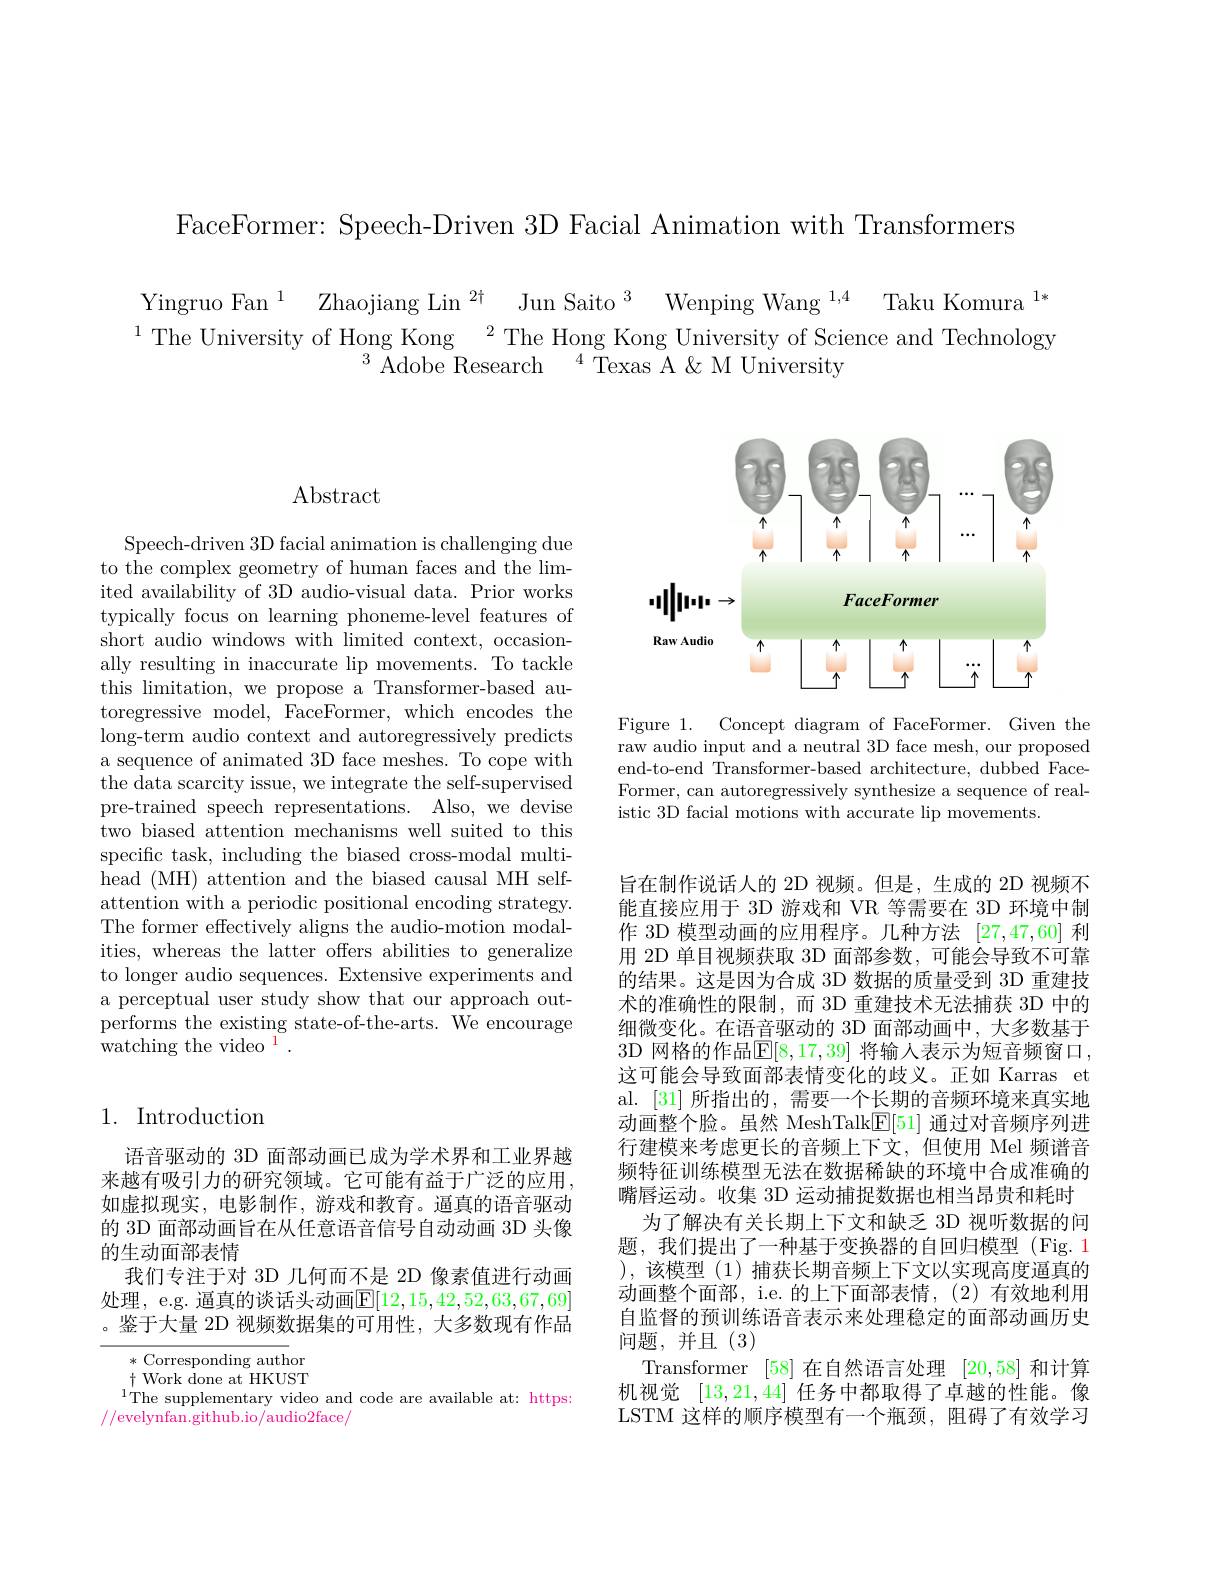
FaceFormer: Speech-Driven 3D Facial Animation with Transformers

$\begin{array}{c}\text{Yingruo Fan}^{1}&\text{Zhaojiang Lin}^{2\dagger}&\text{Jun Saito}^{3}&\text{Wenping Wang}^{1,4}&\text{Taku Komura}^{1*}\\\text{The University of Hong Kong}^{2}\text{The Hong Kong University of Science and Technology}\\\text{Adobe Research}^{4}\text{Texas A }\&\text{ M University}\end{array}$

Abstract

<FigureHere>

Figure 1. Concept diagram of FaceFormer. Given the raw audio input and a neutral 3D face mesh, our proposed end-to-end Transformer-based architecture, dubbed FaceFormer, can autoregressively synthesize a sequence of realistic 3D facial motions with accurate lip movements.

Speech-driven 3D facial animation is challenging due to the complex geometry of human faces and the limited availability of 3D audio-visual data. Prior works typically focus on learning phoneme-level features of short audio windows with limited context, occasionally resulting in inaccurate lip movements. To tackle this limitation, we propose a Transformer-based autoregressive model, FaceFormer, which encodes the long-term audio context and autoregressively predicts a sequence of animated 3D face meshes. To cope with the data scarcity issue, we integrate the self-supervised pre-trained speech representations. Also, we devise two biased attention mechanisms well suited to this specific task, including the biased cross-modal multihead (MH) attention and the biased causal MH selfattention with a periodic positional encoding strategy. The former effectively aligns the audio-motion modalities, whereas the latter offers abilities to generalize to longer audio sequences. Extensive experiments and a perceptual user study show that our approach outperforms the existing state-of-the-arts. We encourage ${\mathrm{watching~the~video}^{1}}.$

## 1. Introduction

旨在制作说话人的 2D 视频。但是，生成的 2D 视频不能直接应用于 3D 游戏和 VR 等需要在 3D 环境中制作 3D 模型动画的应用程序。几种方法[27,47,60]利用 2D 单目视频获取 3D 面部参数，可能会导致不可靠的结果。这是因为合成 3D 数据的质量受到 3D 重建技术的准确性的限制，而 3D 重建技术无法捕获 3D 中的细微变化。在语音驱动的 3D 面部动画中，大多数基于3D 网格的作品$\mathbb{E}[8,17,39]$ 将输人表示为短音频窗口， 这可能会导致面部表情变化的歧义。正如 Karras et al. [31] 所指出的，需要一个长期的音频环境来真实地动画整个脸。虽然 MeshTalk$\underline{\mathrm{F}}[51]$通过对音频序列进行建模来考虑更长的音频上下文，但使用 Mel 频谱音频特征训练模型无法在数据稀缺的环境中合成准确的嘴唇运动。收集 3D 运动捕捉数据也相当昂贵和耗时
为了解决有关长期上下文和缺乏 3D 视听数据的问题，我们提出了一种基于变换器的自回归模型(Fig.1 ),该模型(1)捕获长期音频上下文以实现高度逼真的动画整个面部，i.e. 的上下面部表情，(2)有效地利用自监督的预训练语音表示来处理稳定的面部动画历史问题，并且(3)
Transformer [58]在自然语言处理 [20,58]和计算机视觉[13,21,44]任务中都取得了卓越的性能。像LSTM 这样的顺序模型有一个瓶颈，阻碍了有效学习

语音驱动的 3D 面部动画已成为学术界和工业界越来越有吸引力的研究领域。它可能有益于广泛的应用如虚拟现实，电影制作，游戏和教育。逼真的语音驱动的 3D 面部动画旨在从任意语音信号自动动画 3D 头像的生动面部表情
我们专注于对 3D 几何而不是 2D 像素值进行动画处理，e.g. 逼真的谈话头动画$\mathbb{E}[12,15,42,52,63,67,69]$ 。鉴于大量 2D 视频数据集的可用性，大多数现有作品

* Corresponding author $\dagger$ Work done at HKUST $^{1}$The supplementary video and code are available at: https:
//evelynfan.github.io/audio2face/